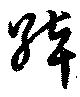
綽